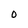
Character: O